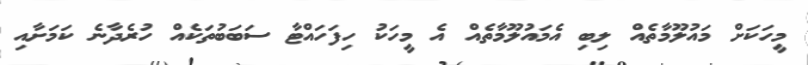
މީހަކަށް މައުލޫމާތެއް ލިބި އެމައުލޫމާތެއް އެ މީހަކު ހިފަހައްޓާ ސަބަބުތަކެއް ހުރެދާނެ ކަމަށާއި